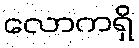
လောကရှိ